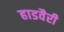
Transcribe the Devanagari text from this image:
हाडवैरी